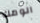
الومك